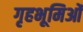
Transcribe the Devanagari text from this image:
गृहभूमिओं